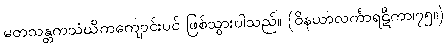
မတသန္တကသံဃိကကျောင်းပင် ဖြစ်သွားပါသည်။ (ဝိနယာလင်္ကာရဋီကာ၊၇၅။)